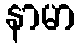
နာမာ